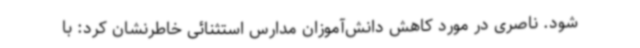
شود. ناصری در مورد کاهش دانش‌آموزان مدارس استثنائی خاطرنشان کرد: با